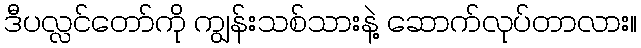
ဒီပလ္လင်တော်ကို ကျွန်းသစ်သားနဲ့ ဆောက်လုပ်တာလား။